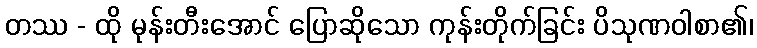
တဿ - ထို မုန်းတီးအောင် ပြောဆိုသော ကုန်းတိုက်ခြင်း ပိသုဏဝါစာ၏၊